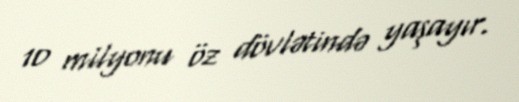
10 milyonu öz dövlətində yaşayır.